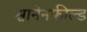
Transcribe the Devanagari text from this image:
श्वानेनफील्ड